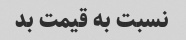
نسبت به قیمت بد